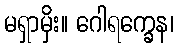
မရှာမှိး။ ဂေါရက္ခေန၊